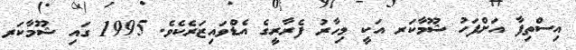
އިސްތިފާ އަށްފަހު ޝޫމާކަރ އަކީ މިހާރު ފެރާރީގެ އެޑްވައިޒަރެކެވެ. 1995 ގައި ޝޫމާކަރ